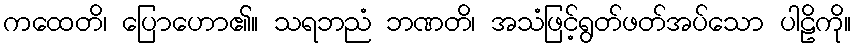
ကထေတိ၊ ပြောဟော၏။ သရဘညံ ဘဏတိ၊ အသံဖြင့်ရွတ်ဖတ်အပ်သော ပါဠိကို။